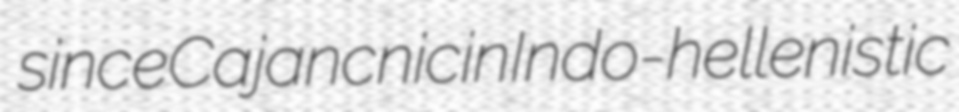
since Cajan cnicin Indo-hellenistic